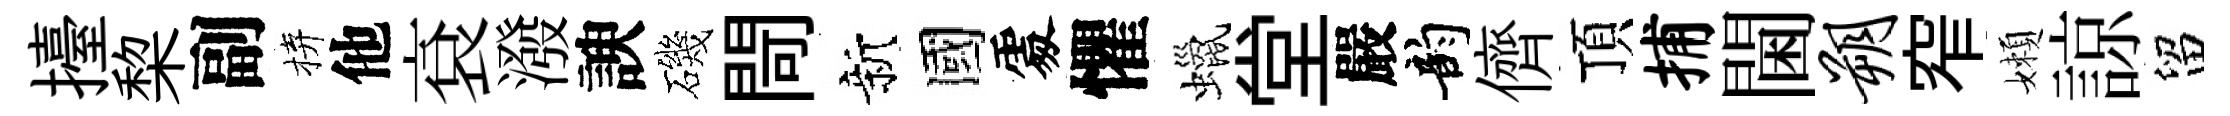
擡棃副拚他袞潑諛磯閜新國𠁅懼蠟堂嚴韵儕頂捕閫朔窄嬾諒留